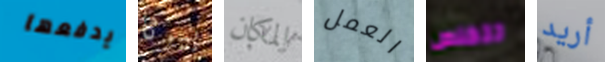
يدفعها بيرثا المكان العمل تتخلص أريد